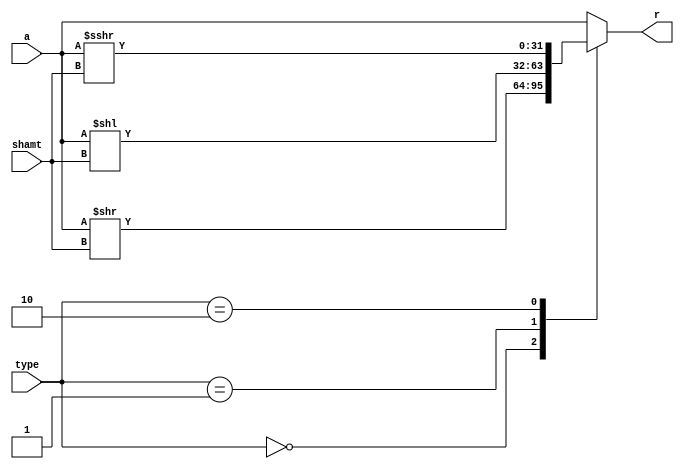
/******************************************************************* 
*
* Module: shifter.v
* Project: Risc-V processor pipelined 
* Description:
*   - shift values depending type by shamt amount 
*   - "signed" is used in declaration to signify signed value (must be used for SRA)
*
**********************************************************************/

`timescale 1ns / 1ps
module shifter (
 input signed [31:0] a,
 input [4:0] shamt, 
 input [1:0] type, 
 output reg signed [31:0] r);

        always@(*) begin

            case (type)
                2'b00 :   r = a >> shamt;       //srl
                2'b01 :   r = a << shamt;       //sll
                2'b10 :   r = a >>> shamt;      //sra
                default:  r = a;
            endcase

        end


endmodule